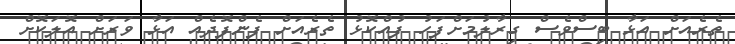
ތެރެއަށް އަޅާ ބިސްވެސް ގިރާލުމަށްފަހު ފުއްކޮޅު ތެރެއަށް ފެންފޮދެއް އަޅާ ވަރަށް އޮލަކޮށް